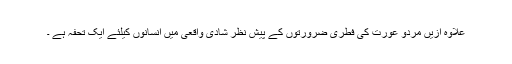
علاوہ ازیں مردو عورت کی فطری ضرورتوں کے پیش نظر شادی واقعی میں انسانوں کیلئے ایک تحفہ ہے ۔